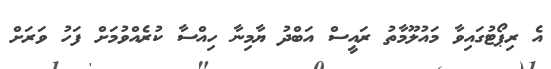
އެ ރިޕޯޓުގައިވާ މައުލޫމާތު ރައީސް އަބްދު ޔާމިނާ ހިއްސާ ކުރެއްވުމަށް ފަހު ވަރަށް